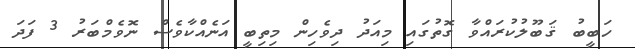
ހަބީބު ޤަބޫލުކުރައްވާ ގޮތުގައި މިއަދު ދިވެހިން މިތިބީ އަނެއްކާވެސް ނޮވެމްބަރު 3 ފަދަ